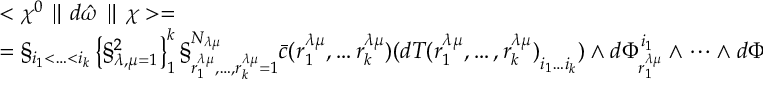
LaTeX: \begin{array} { l } { { < \chi ^ { 0 } \parallel d \hat { \omega } \parallel \chi > = } } \\ { { = \S _ { i _ { 1 } < \ldots < i _ { k } } \left\{ \S _ { \lambda , \mu = 1 } ^ { 2 } \right\} _ { 1 } ^ { k } \S _ { r _ { 1 } ^ { \lambda \mu } , \ldots , r _ { k } ^ { \lambda \mu } = 1 } ^ { N _ { \lambda \mu } } \bar { c } ( r _ { 1 } ^ { \lambda \mu } , \ldots r _ { k } ^ { \lambda \mu } ) { ( d T ( r _ { 1 } ^ { \lambda \mu } , \ldots , r _ { k } ^ { \lambda \mu } ) } _ { i _ { 1 } \ldots i _ { k } } ) \wedge d \Phi _ { r _ { 1 } ^ { \lambda \mu } } ^ { i _ { 1 } } \wedge \cdots \wedge { d \Phi } _ { r _ { k } ^ { \lambda \mu } } ^ { i _ { k } } . } } \end{array}